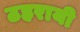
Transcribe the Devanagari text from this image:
ठहरायी